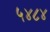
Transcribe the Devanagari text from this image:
५४८४